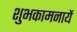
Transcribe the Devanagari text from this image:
शुभकामनायें